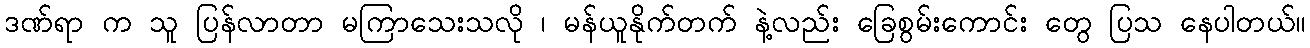
ဒဏ်ရာ က သူ ပြန်လာတာ မကြာသေးသလို ၊ မန်ယူနိုက်တက် နဲ့လည်း ခြေစွမ်းကောင်း တွေ ပြသ နေပါတယ်။